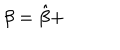
\beta = \hat { \beta } +